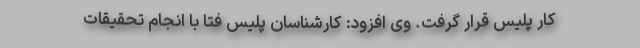
کار پلیس قرار گرفت. وی افزود: کارشناسان پلیس فتا با انجام تحقیقات